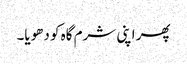
پھر اپنی شرم گاہ کو دھویا۔